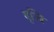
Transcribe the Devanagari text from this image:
वृज्जि